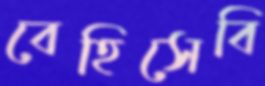
বেহিসেবি